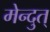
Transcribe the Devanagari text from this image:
मेन्दुत्